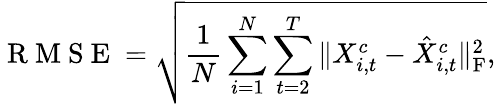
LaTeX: \mathrm{~R~M~S~E~}=\sqrt{\frac{1}{N}\sum_{i=1}^{N}\sum_{t=2}^{T}\Vert X_{i,t}^{c}-\hat{X}_{i,t}^{c}\Vert_{\mathrm{F}}^{2}},